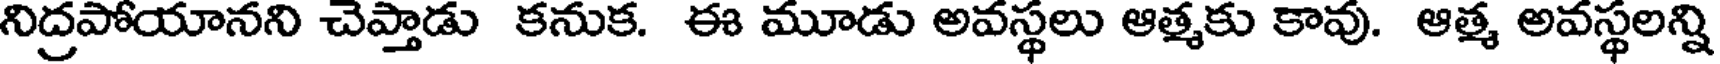
నిద్రపోయానని చెప్తాడు కనుక. ఈ మూడు అవస్థలు ఆత్మకు కావు. ఆత్మ అవస్థలన్ని